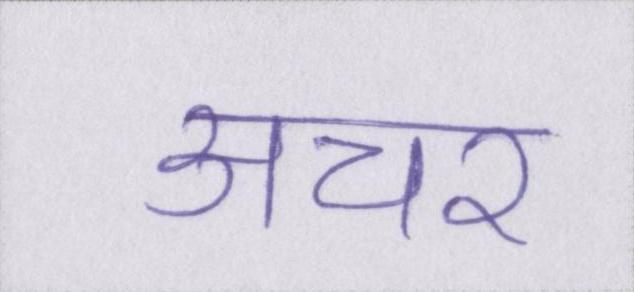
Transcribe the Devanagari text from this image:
अचर